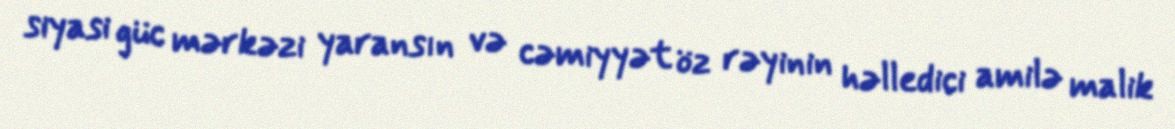
siyasi güc mərkəzi yaransın və cəmiyyət öz rəyinin həlledici amilə malik